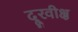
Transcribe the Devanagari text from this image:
दूरवीक्ष